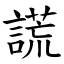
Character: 謊